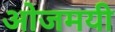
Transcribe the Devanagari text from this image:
ओजमयी